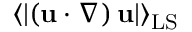
\langle \lvert \left( \mathbf { u } \cdot \boldsymbol { \nabla } \right) \mathbf { u } \rvert \rangle _ { \mathrm { L S } }